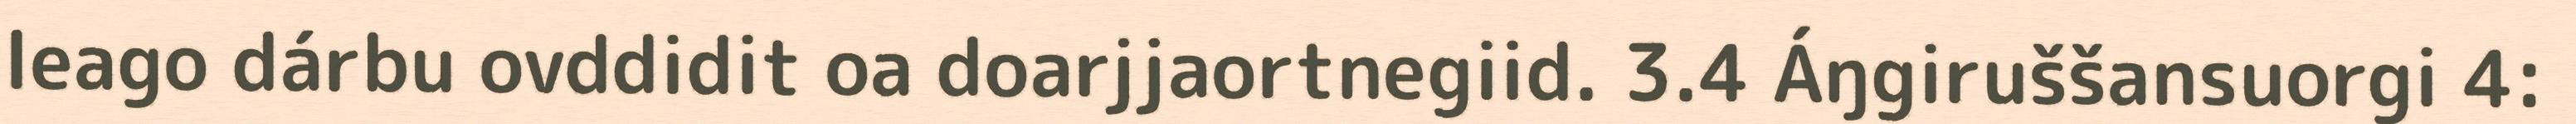
leago dárbu ovddidit oa doarjjaortnegiid. 3.4 Áŋgiruššansuorgi 4: